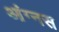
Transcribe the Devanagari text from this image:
आंग्नस